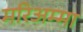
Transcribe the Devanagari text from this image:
मरिअम्मा